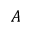
A